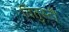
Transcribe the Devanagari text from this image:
वितुस्टी